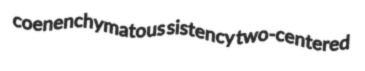
coenenchymatous sistency two-centered